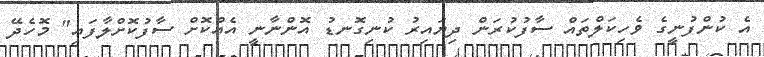
އެ ކުންފުނީގެ ވެހިކަލްތައް ސާފުކުރަން ދިޔައިރު ކުނިގޮނޑު އޮންނާނީ އެއްކޮށް ސާފުކޮށްލާފައި" މޮހެދޭ